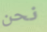
نحن